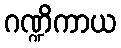
ဂဏ္ဍိကာယ